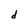
Character: d